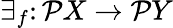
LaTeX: \exists_{f}\colon{\mathcal{P}}X\to{\mathcal{P}}Y